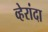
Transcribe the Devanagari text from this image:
व्हेरांदा